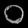
Digit: ၀